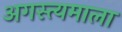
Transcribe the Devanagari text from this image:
अगस्त्यमाला